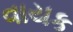
વાયક